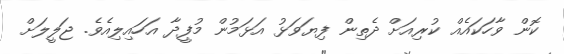
ކޮން ވާހަކައެއް ކުރިއަށް ދެތިން ފިޔަވަޅު އަޅަމުން މުފީދާ އަހައިލިއެވެ. ޖަލީލަށް